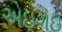
એઇગઇ